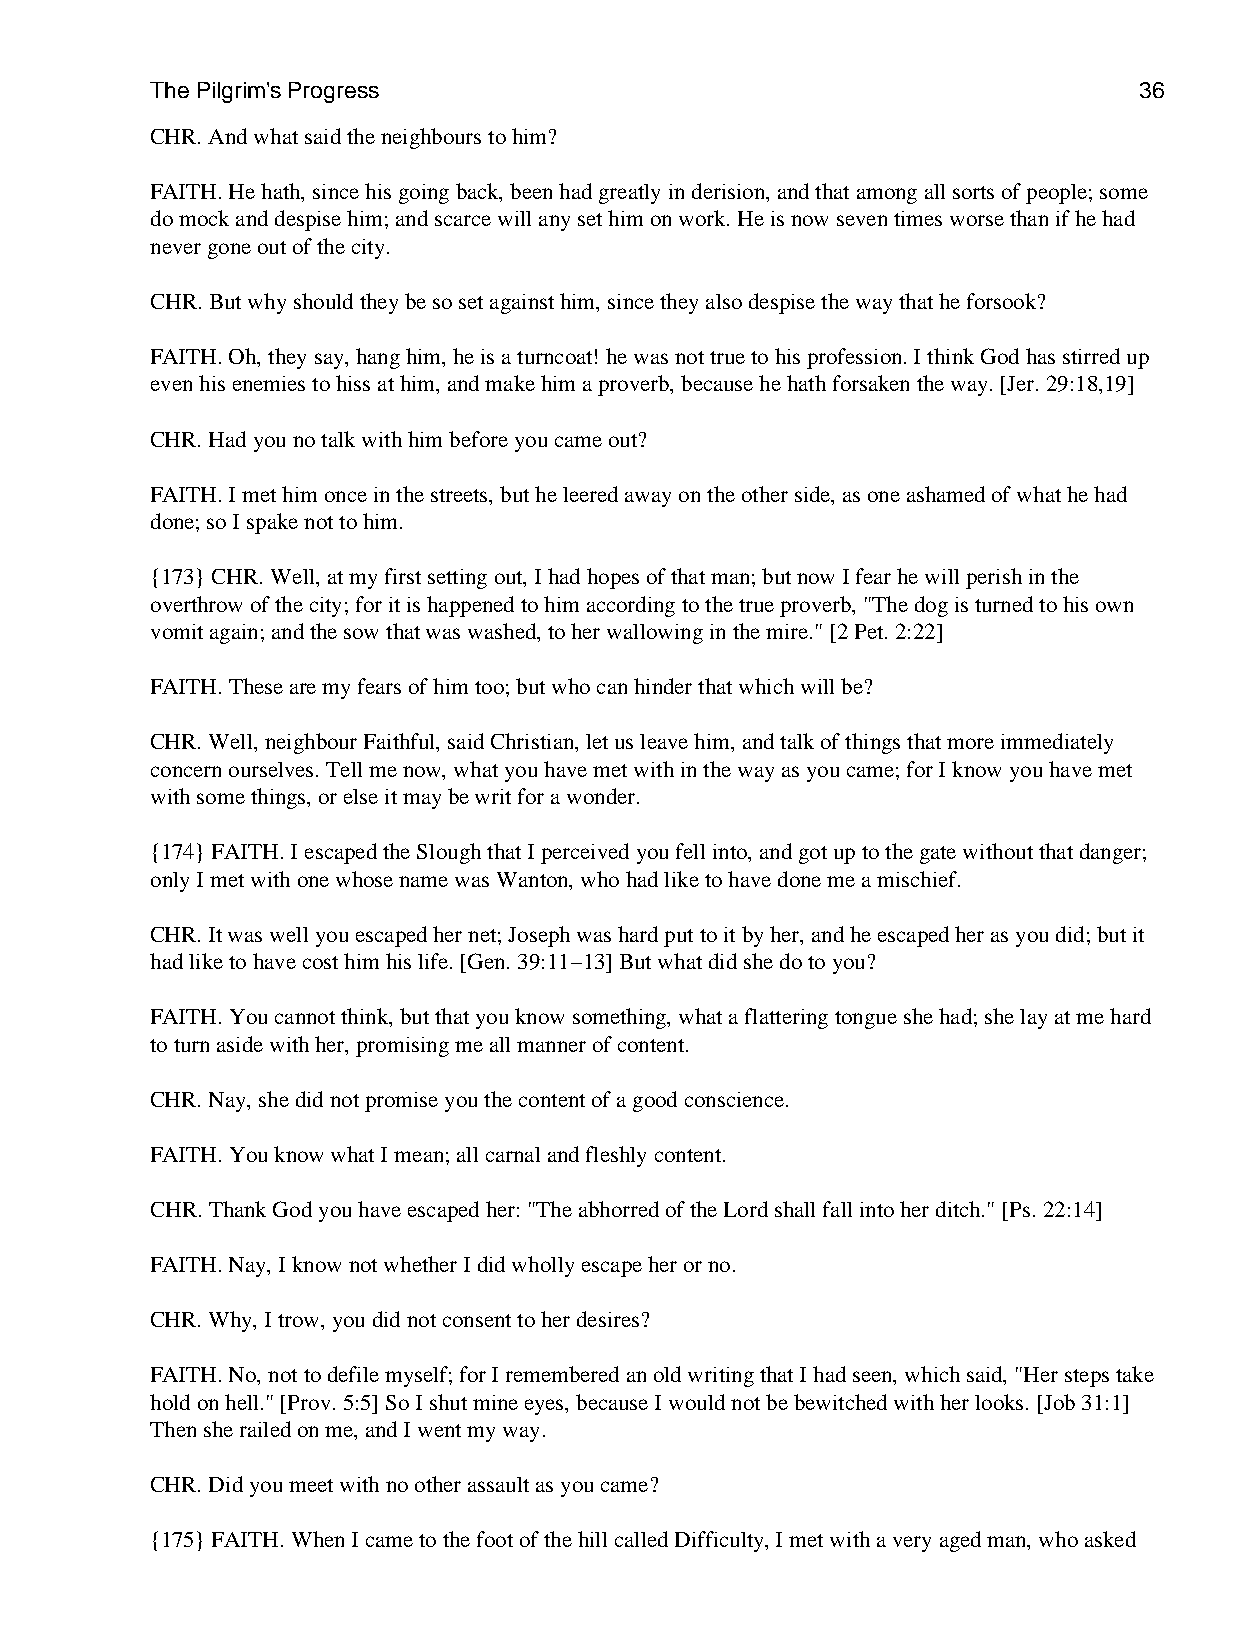
The Pilgrim's Progress                                           36
 CHR. And what said the neighbours to him?
 FAITH. He hath, since his going back, been had greatly in derision, and that among all sorts of people; some
 do mock and despise him; and scarce will any set him on work. He is now seven times worse than if he had
 never gone out of the city.
 CHR. But why should they be so set against him, since they also despise the way that he forsook?
 FAITH. Oh, they say, hang him, he is a turncoat! he was not true to his profession. I think God has stirred up
 even his enemies to hiss at him, and make him a proverb, because he hath forsaken the way. [Jer. 29:18,19]
 CHR. Had you no talk with him before you came out?
 FAITH. I met him once in the streets, but he leered away on the other side, as one ashamed of what he had
 done; so I spake not to him.
 {173} CHR. Well, at my first setting out, I had hopes of that man; but now I fear he will perish in the
 overthrow of the city; for it is happened to him according to the true proverb, "The dog is turned to his own
 vomit again; and the sow that was washed, to her wallowing in the mire." [2 Pet. 2:22]
 FAITH. These are my fears of him too; but who can hinder that which will be?
 CHR. Well, neighbour Faithful, said Christian, let us leave him, and talk of things that more immediately
 concern ourselves. Tell me now, what you have met with in the way as you came; for I know you have met
 with some things, or else it may be writ for a wonder.
 {174} FAITH. I escaped the Slough that I perceived you fell into, and got up to the gate without that danger;
 only I met with one whose name was Wanton, who had like to have done me a mischief.
 CHR. It was well you escaped her net; Joseph was hard put to it by her, and he escaped her as you did; but it
 had like to have cost him his life. [Gen. 39:11−13] But what did she do to you?
 FAITH. You cannot think, but that you know something, what a flattering tongue she had; she lay at me hard
 to turn aside with her, promising me all manner of content.
 CHR. Nay, she did not promise you the content of a good conscience.
 FAITH. You know what I mean; all carnal and fleshly content.
 CHR. Thank God you have escaped her: "The abhorred of the Lord shall fall into her ditch." [Ps. 22:14]
 FAITH. Nay, I know not whether I did wholly escape her or no.
 CHR. Why, I trow, you did not consent to her desires?
 FAITH. No, not to defile myself; for I remembered an old writing that I had seen, which said, "Her steps take
 hold on hell." [Prov. 5:5] So I shut mine eyes, because I would not be bewitched with her looks. [Job 31:1]
 Then she railed on me, and I went my way.
 CHR. Did you meet with no other assault as you came?
 {175} FAITH. When I came to the foot of the hill called Difficulty, I met with a very aged man, who asked